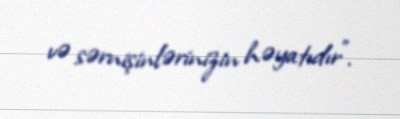
və sərnişinlərinizin həyatıdır”.